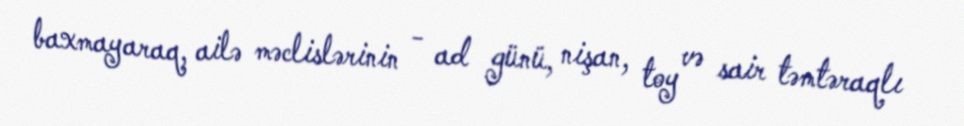
baxmayaraq, ailə məclislərinin - ad günü, nişan, toy və sair təmtəraqlı